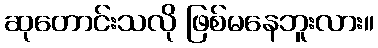
ဆုတောင်းသလို ဖြစ်မနေဘူးလား။